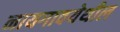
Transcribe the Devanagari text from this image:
नायगावयेथील